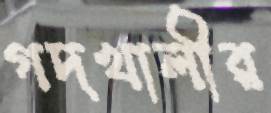
গদখালীর